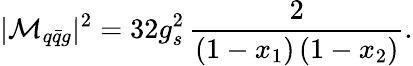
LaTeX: |{\cal M}_{q\bar{q}g}|^{2}=32g_{s}^{2}\, \frac{2}{(1-x_{1})\, (1-x_{2})}.